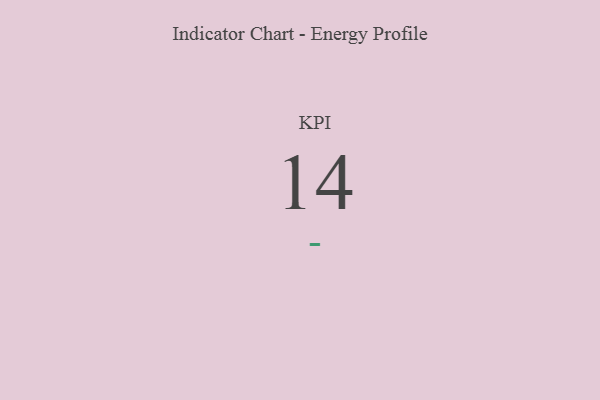
{"axis": {"x": "KPI", "y": "Value"}, "legend": [""], "data": [{"x": "KPI", "y": 14, "type": ""}]}